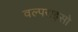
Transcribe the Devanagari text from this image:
वल्पराइसो